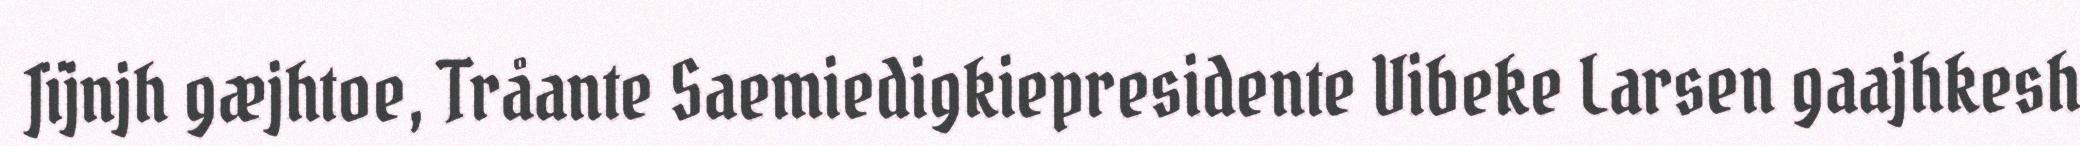
Jïjnjh gæjhtoe, Tråante Saemiedigkiepresidente Vibeke Larsen gaajhkesh